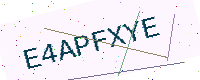
Text: E4APFXYE